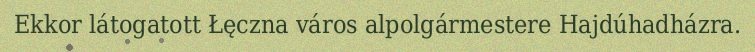
Ekkor látogatott Łęczna város alpolgármestere Hajdúhadházra.